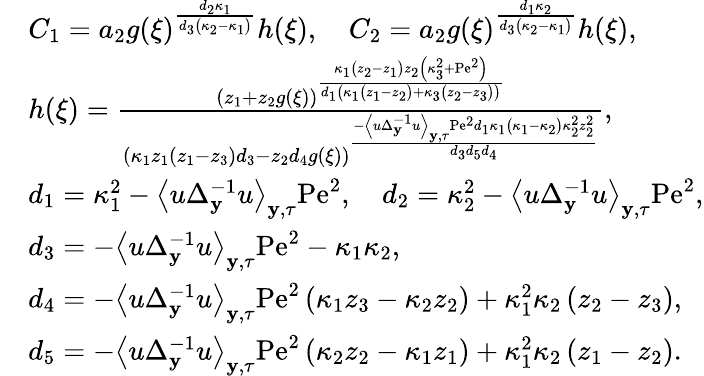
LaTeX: \begin{array}{rl}&{C_{1}=a_{2}g(\xi)^{\frac{d_{2}\kappa_{1}}{d_{3}\left(\kappa_{2}-\kappa_{1}\right)}}h(\xi),\quad C_{2}=a_{2}g(\xi)^{\frac{d_{1}\kappa_{2}}{d_{3}\left(\kappa_{2}-\kappa_{1}\right)}}h(\xi),}\\ &{h(\xi)=\frac{\left(z_{1}+z_{2}g(\xi)\right)^{\frac{\kappa_{1}\left(z_{2}-z_{1}\right)z_{2}\left(\kappa_{3}^{2}+\mathrm{Pe}^{2}\right)}{d_{1}\left(\kappa_{1}\left(z_{1}-z_{2}\right)+\kappa_{3}\left(z_{2}-z_{3}\right)\right)}}}{\left(\kappa_{1}z_{1}\left(z_{1}-z_{3}\right)d_{3}-z_{2}d_{4}g(\xi)\right)^{\frac{-\left\langle u\Delta_{\mathbf{y}}^{-1}u\right\rangle_{\mathbf{y},\tau}\mathrm{Pe}^{2}d_{1}\kappa_{1}\left(\kappa_{1}-\kappa_{2}\right)\kappa_{2}^{2}z_{2}^{2}}{d_{3}d_{5}d_{4}}}},}\\ &{d_{1}=\kappa_{1}^{2}-\left\langle u\Delta_{\mathbf{y}}^{-1}u\right\rangle_{\mathbf{y},\tau}\mathrm{Pe}^{2},\quad d_{2}=\kappa_{2}^{2}-\left\langle u\Delta_{\mathbf{y}}^{-1}u\right\rangle_{\mathbf{y},\tau}\mathrm{Pe}^{2},}\\ &{d_{3}=-\left\langle u\Delta_{\mathbf{y}}^{-1}u\right\rangle_{\mathbf{y},\tau}\mathrm{Pe}^{2}-\kappa_{1}\kappa_{2},}\\ &{d_{4}=-\left\langle u\Delta_{\mathbf{y}}^{-1}u\right\rangle_{\mathbf{y},\tau}\mathrm{Pe}^{2}\left(\kappa_{1}z_{3}-\kappa_{2}z_{2}\right)+\kappa_{1}^{2}\kappa_{2}\left(z_{2}-z_{3}\right),}\\ &{d_{5}=-\left\langle u\Delta_{\mathbf{y}}^{-1}u\right\rangle_{\mathbf{y},\tau}\mathrm{Pe}^{2}\left(\kappa_{2}z_{2}-\kappa_{1}z_{1}\right)+\kappa_{1}^{2}\kappa_{2}\left(z_{1}-z_{2}\right).}\end{array}